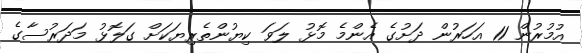
އުމުރުން 11 އަހަރުން ދަށުގެ އެންމެ މޮޅު ލަވަ ކިޔުންތެރިޔަކަށް ގަލޮޅު މަދަރުސާގެ